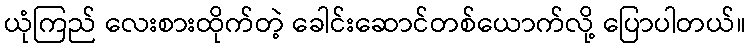
ယုံကြည် လေးစားထိုက်တဲ့ ခေါင်းဆောင်တစ်ယောက်လို့ ပြောပါတယ်။